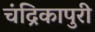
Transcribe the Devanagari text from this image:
चंद्रिकापुरी